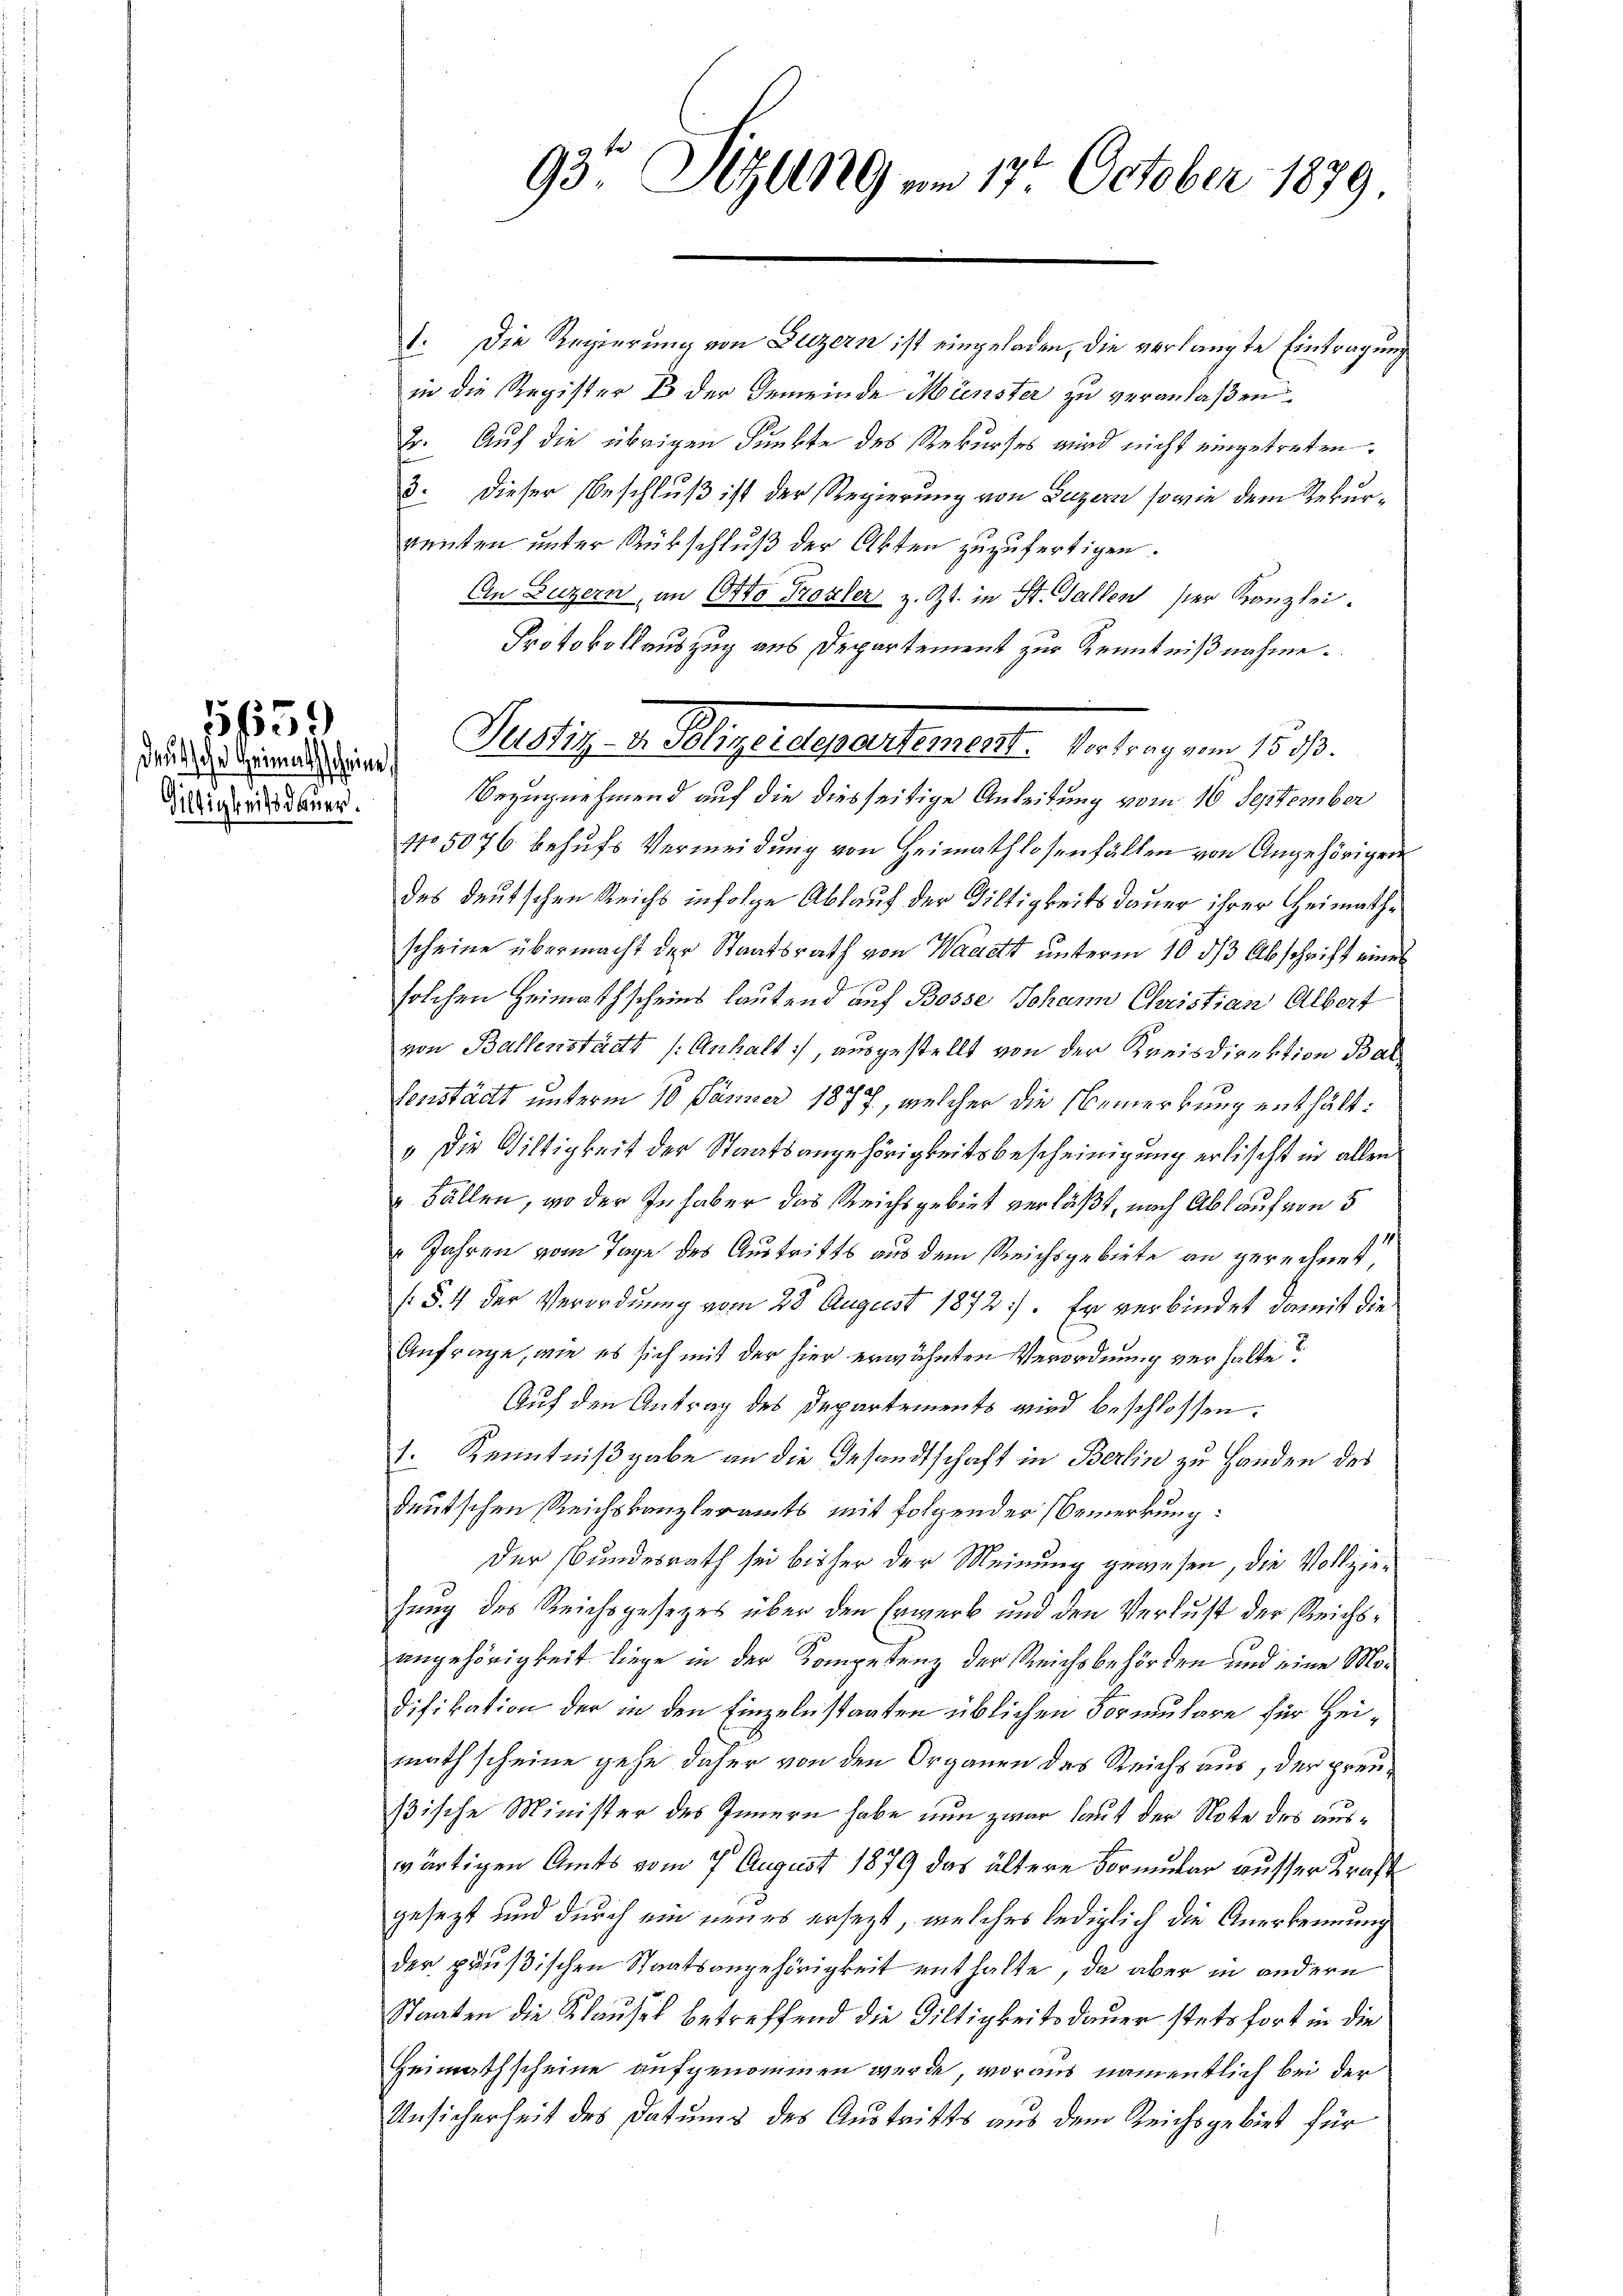
deutsche Heimathscheine,
iltigkeit dauer.

151559

93te Sizung am 17. October 1879

1. Die Regierung von Luzern ist eingeladen, die verlangte Eintragung
in die Register B. der Gemeinde Münster zu veranlaßen.
2. Auf die übrigen Funkte des Rekurses wird nicht eingetreten.
3. Dieser Beschluß ist der Regierung von Luzern, sowie dem Rekurrenten unter Rückschluß der Akten zuzufertigen.
An Luzern, an Otto Troxler z. Zt. in St. Gallen ser Kanzlei.
Protokollauszug aus Departement zur Kenntnißnahme.
Bezugnehmend auf die diesseitige Anleitung vom 16 September
No 5076 behufs Vermeidung von Heimathlosenfällen von Angehörigen
des deutschen Reichs infolge Ablauf der Diltigkeitsdauer ihrer Heimathscheine übermacht der Staatsrath von Waadt unterm 10. ds Abschrift eines
solchen Heimathscheins lautend auf Bosse Johann Christian Albert
von Ballenstädt /: Anhalt, ausgestellt von der Kreisdirektion Bal
C
senstädt unterm 10. Jänner 1877, welcher die Bemerkung enthält:
» Die Giltigkeit der Staatsangehörigkeitsbescheinigung erlischt in allen
 Fällen, wo der Inhaber das Reichsgebiet verläßt, nach Ablauf von 5
Jahren vom Tage des Austritts aus dem Reichsgebiete an gerechnet,
/. §. 4 der Verordnung vom 28. August 1872). Er verbindet damit die
Anfrage, wie es sich mit der hier erwähnten Verordnung verhalte?
Auf den Antrag des Departements wird beschlossen:
1. Kenntnißgabe an die Gesandtschaft in Berlin zu Handen des
deutschen Reichskanzleramts mit folgender Bemerkung:
Der Bundesrath sei bisher der Meinung gewesen, die Vollziehung des Reichsgesetzes über den Erwerb und den Verlust der Reichsangehörigkeit liege in der Kompetenz der Reichsbehörden und eine Mo¬
Difikation der in den Einzeln staaten üblichen Formulare für Heimathscheine gehe daher von den Organen des Reichs aus, der preußische Minister des Innern habe nun zwar laut der Note des auswärtigen Amts vom 7. August 1879 das ältere Vormular ausser Kraft
gesezt und durch ein neues ersezt, welches lediglich die Anerkennung
der paußischen Staatsangehörigkeit enthalte, da aber in andern
Staaten die Klausel betreffend die Diltigkeitsdauer stets fort in die
Heimathscheine aufgenommen werde, woraus namentlich bei der
Ansicherheit des Datums des Austritts aus dem Reichsgebiet für

Pellig v. Messerertheilte Antragen 1890.